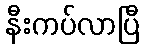
နီးကပ်လာပြီ